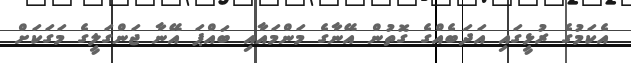
އެކަމުގެ ރުޅީގައި އަދަބެއްގެ ގޮތުން އޭނާގެ މަންމައާއި ބައްޕަ އޭނާ ޖަންގަލީގެ މަގަކަށް